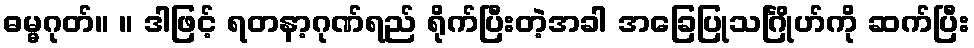
ဓမ္မဂုတ်။ ။ ဒါဖြင့် ရတနာ့ဂုဏ်ရည် ရိုက်ပြီးတဲ့အခါ အခြေပြုသင်္ဂြိုဟ်ကို ဆက်ပြီး